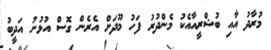
މުރާދު އާއި ބުޝްރީއާއެކު މެންދުރު ފަހު މޫދަށް އެރެން ގޮސް އުޅުނު އަދީބު